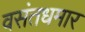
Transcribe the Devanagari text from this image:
वसंतधमार